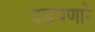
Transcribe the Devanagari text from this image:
दडपणारे